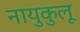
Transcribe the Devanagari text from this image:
नायुकुलू